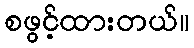
စဖွင့်ထားတယ်။